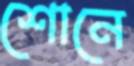
শোনে